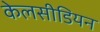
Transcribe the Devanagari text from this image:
केलसीडियन